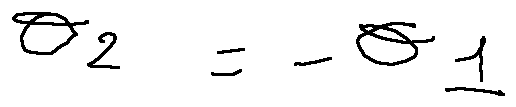
\theta _ { 2 } = - \theta _ { 1 }